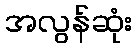
အလွန်ဆုံး